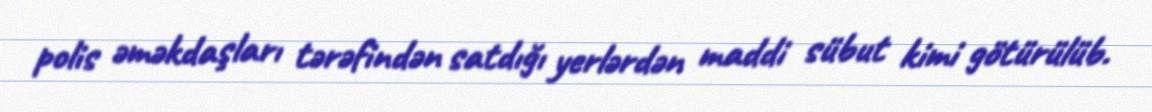
polis əməkdaşları tərəfindən satdığı yerlərdən maddi sübut kimi götürülüb.